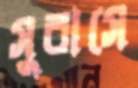
সুবাসে